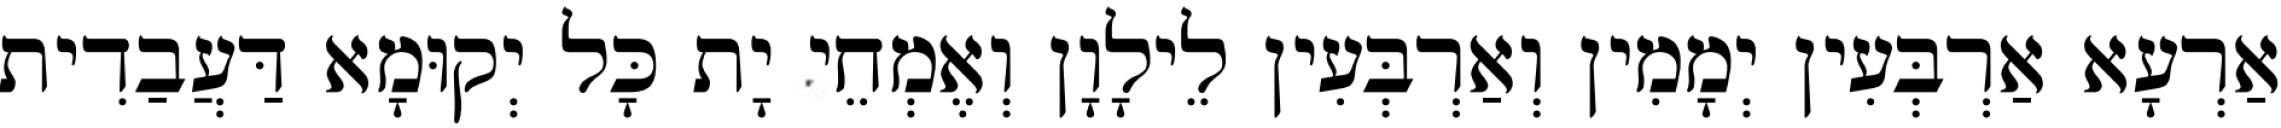
אַרְעָא אַרְבְּעִין יְמָמִין וְאַרְבְּעִין לֵילָוָן וְאֶמְחֵי יָת כָּל יְקוּמָא דַּעֲבַדִית